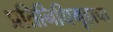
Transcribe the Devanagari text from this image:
प्रतिनिधिगृहाचा